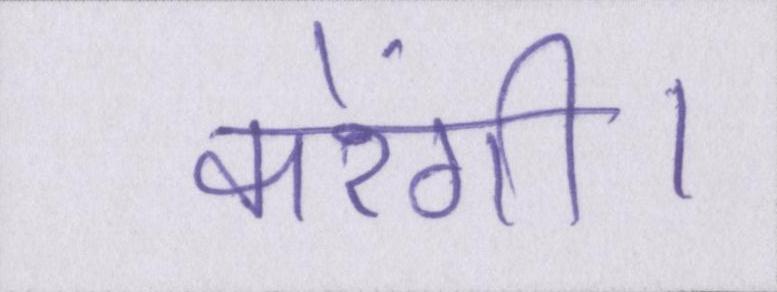
करेंगी।